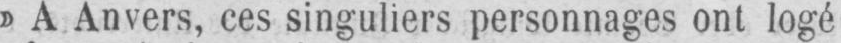
» A Anvers, ces singuliers personnages ont logé